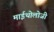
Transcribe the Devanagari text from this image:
माईथोलोजी